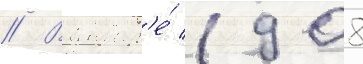
// В январ'е́ 1908